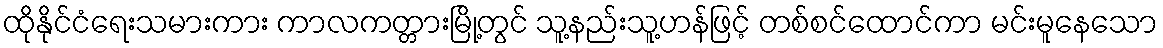
ထိုနိုင်ငံရေးသမားကား ကာလကတ္တားမြို့တွင် သူ့နည်းသူ့ဟန်ဖြင့် တစ်စင်ထောင်ကာ မင်းမူနေသော